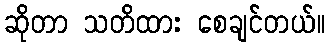
ဆိုတာ သတိထား စေချင်တယ်။